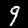
Label: 9